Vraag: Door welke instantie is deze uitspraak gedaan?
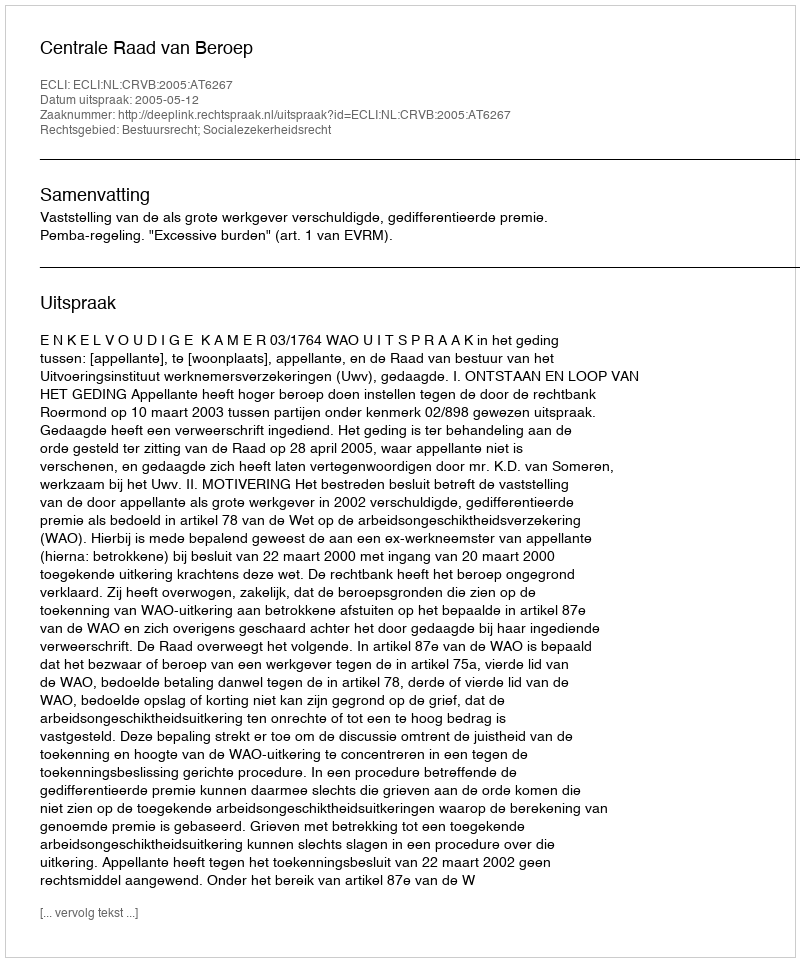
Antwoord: Centrale Raad van Beroep